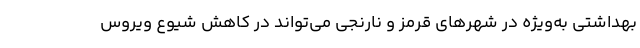
بهداشتی به‌ویژه در شهر‌های قرمز و نارنجی می‌تواند در کاهش شیوع ویروس